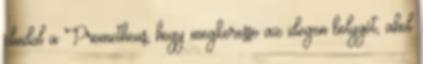
elindul a Prometheus, hogy megkeresse az idegen bolygót, ahol